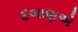
દબાણએ